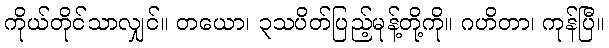
ကိုယ်တိုင်သာလျှင်။ တယော၊ ၃သပိတ်ပြည့်မုန့်တို့ကို။ ဂဟိတာ၊ ကုန်ပြီ။